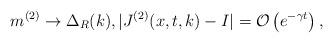
LaTeX: \begin{align*} m^{(2)}\rightarrow \Delta_{R}(k), \vert J^{(2)}(x,t,k)-I \vert=\mathcal{O}\left(e^{-\gamma t}\right),\end{align*}